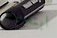
ابتعدت